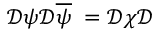
\mathcal { D } \psi \mathcal { D } \overline { { { \psi } } } \; = \mathcal { D } \chi \mathcal { D }